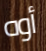
أوه